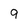
Character: g